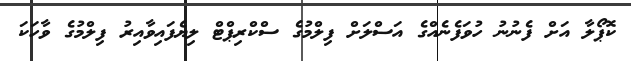
ކޮޕޯލާ އަށް ފެނުނު ހުވަފެނެއްގެ އަސްލަށް ފިލްމުގެ ސްކްރިޕްޓް ލިޔެފައިވާއިރު ފިލްމުގެ ވާހަކަ